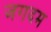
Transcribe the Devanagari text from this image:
जगदम